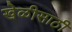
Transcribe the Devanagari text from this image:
खेळीसाठी